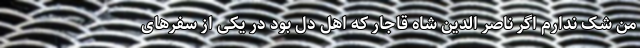
من شک ندارم اگر ناصر الدین شاه قاجار که اهل دل بود در یکی از سفرهای